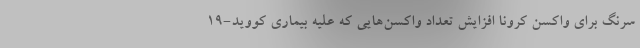
سرنگ برای واکسن کرونا افزایش تعداد واکسن‌هایی که علیه بیماری کووید-۱۹